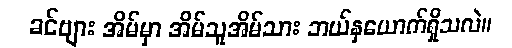
ခင်ဗျား အိမ်မှာ အိမ်သူအိမ်သား ဘယ်နှယောက်ရှိသလဲ။